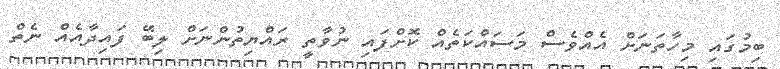
ބިމުގައި މިހާތަނަށް އެއްވެސް މަސައްކަތެއް ކޮށްފައި ނުވާތީ ރައްޔިތުންނަށް ލިބޭ ފައިދާއެއް ނެތް